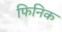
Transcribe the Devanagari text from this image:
फिनिक